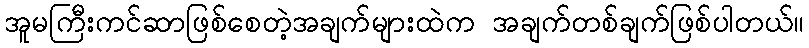
အူမကြီးကင်ဆာဖြစ်စေတဲ့အချက်များထဲက အချက်တစ်ချက်ဖြစ်ပါတယ်။